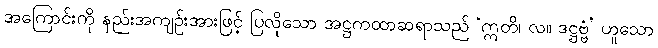
အကြောင်းကို နည်းအကျဉ်းအားဖြင့် ပြလိုသော အဋ္ဌကထာဆရာသည် ‘ဣတိ၊ လ။ ဒဋ္ဌဗ္ဗံ’ ဟူသော